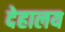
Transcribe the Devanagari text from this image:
देहालय